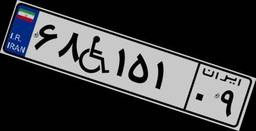
۶۸W۱۵۱۰۹